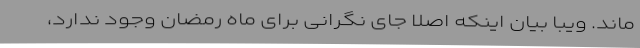
ماند. ویبا بیان اینکه اصلاً جای نگرانی برای ماه رمضان وجود ندارد،